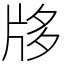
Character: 𤖻